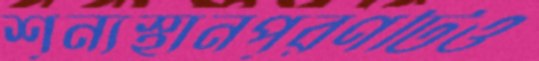
শূন্যস্থানপূরণটিও